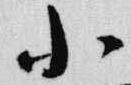
小